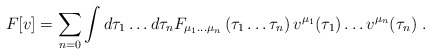
\begin{align*}F[v]=\sum_{n=0}\int d\tau_{1} \ldots d\tau_{n}F_{\mu_{1} \ldots \mu_{n}}\left(\tau_{1} \ldots \tau_{n}\right)v^{\mu_{1}}(\tau_{1})\ldots v^{\mu_{n}}(\tau_{n})\;.\end{align*}